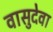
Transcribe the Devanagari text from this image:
वासुदेवा